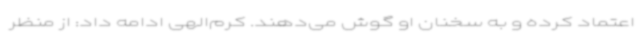
اعتماد کرده و به سخنان او گوش می‌دهند. کرم‌الهی ادامه داد: از منظر